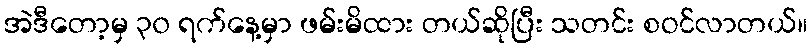
အဲဒီတော့မှ ၃၀ ရက်နေ့မှာ ဖမ်းမိထား တယ်ဆိုပြီး သတင်း စဝင်လာတယ်။